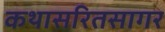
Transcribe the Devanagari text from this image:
कथासरितसागर